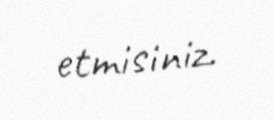
etmisiniz.